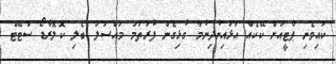
ކައިވެނި ޕާޓީއަށް ކޭކެއް އަޅައިނުދިނުމާ ގުޅިގެން ފުރަތަމަ މައްސަލަ ބެލި ކޮލޮރާޑޯ ސްޓޭޓް